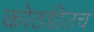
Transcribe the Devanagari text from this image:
कोठडीतच